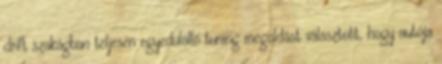
drift szakágban teljesen egyedülálló tuning megoldást választott, hogy autója